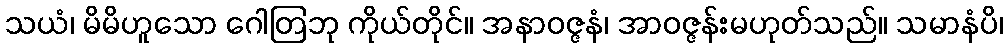
သယံ၊ မိမိဟူသော ဂေါတြဘု ကိုယ်တိုင်။ အနာဝဇ္ဇနံ၊ အာဝဇ္ဇန်းမဟုတ်သည်။ သမာနံပိ၊